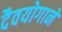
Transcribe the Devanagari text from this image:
दैवयोगाने